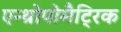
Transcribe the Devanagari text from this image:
एन्थ्रोपोमैट्रिक